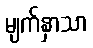
မျက်နှာသာ